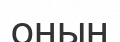
оның